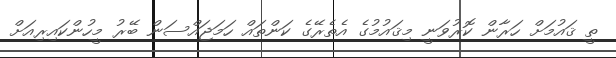
ތީ ޤައުމަށް ހަރާން ކޮރުވަނީ މިޤައުމުގެ އެތެރޭގެ ކަންތައް ހަމަޖައްސަން ބޭރު މީހުންކައިރިއަށް